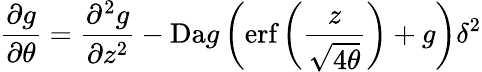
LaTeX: \frac{\partial g}{\partial\theta}=\frac{\partial^{2}g}{\partial z^{2}}-\mathrm{Da}g\left(\textrm{erf}\left(\frac{z}{\sqrt{4\theta}}\right)+g\right)\delta^{2}